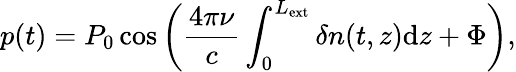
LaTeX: p(t)=P_{0}\cos\left(\frac{4\pi\nu}{c}\int_{0}^{L_{\mathrm{ext}}}\delta n(t,z)\mathrm{d}z+\Phi\right),